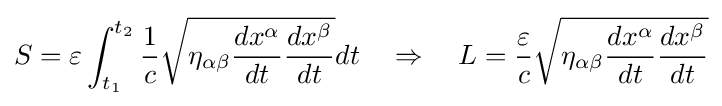
S=\varepsilon \int _{t_{1}}^{t_{2}}{\frac {1}{c}}{\sqrt {\eta _{\alpha \beta }{\frac {dx^{\alpha }}{dt}}{\frac {dx^{\beta }}{dt}}}}dt\quad \Rightarrow \quad L={\frac {\varepsilon }{c}}{\sqrt {\eta _{\alpha \beta }{\frac {dx^{\alpha }}{dt}}{\frac {dx^{\beta }}{dt}}}}